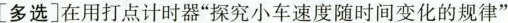
[多选]在用打点计时器“探究小车速度随时间变化的规律”